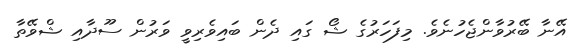
އޭނާ ބޭރުވާންޖެހުނެވެ. މިފަހަރުގެ ޝޯ ގައި ދެން ބައިވެރިވީ ވަރުން ސޫދާއި ޝްވޭތާ